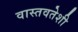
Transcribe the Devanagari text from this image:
वास्तवतेशी